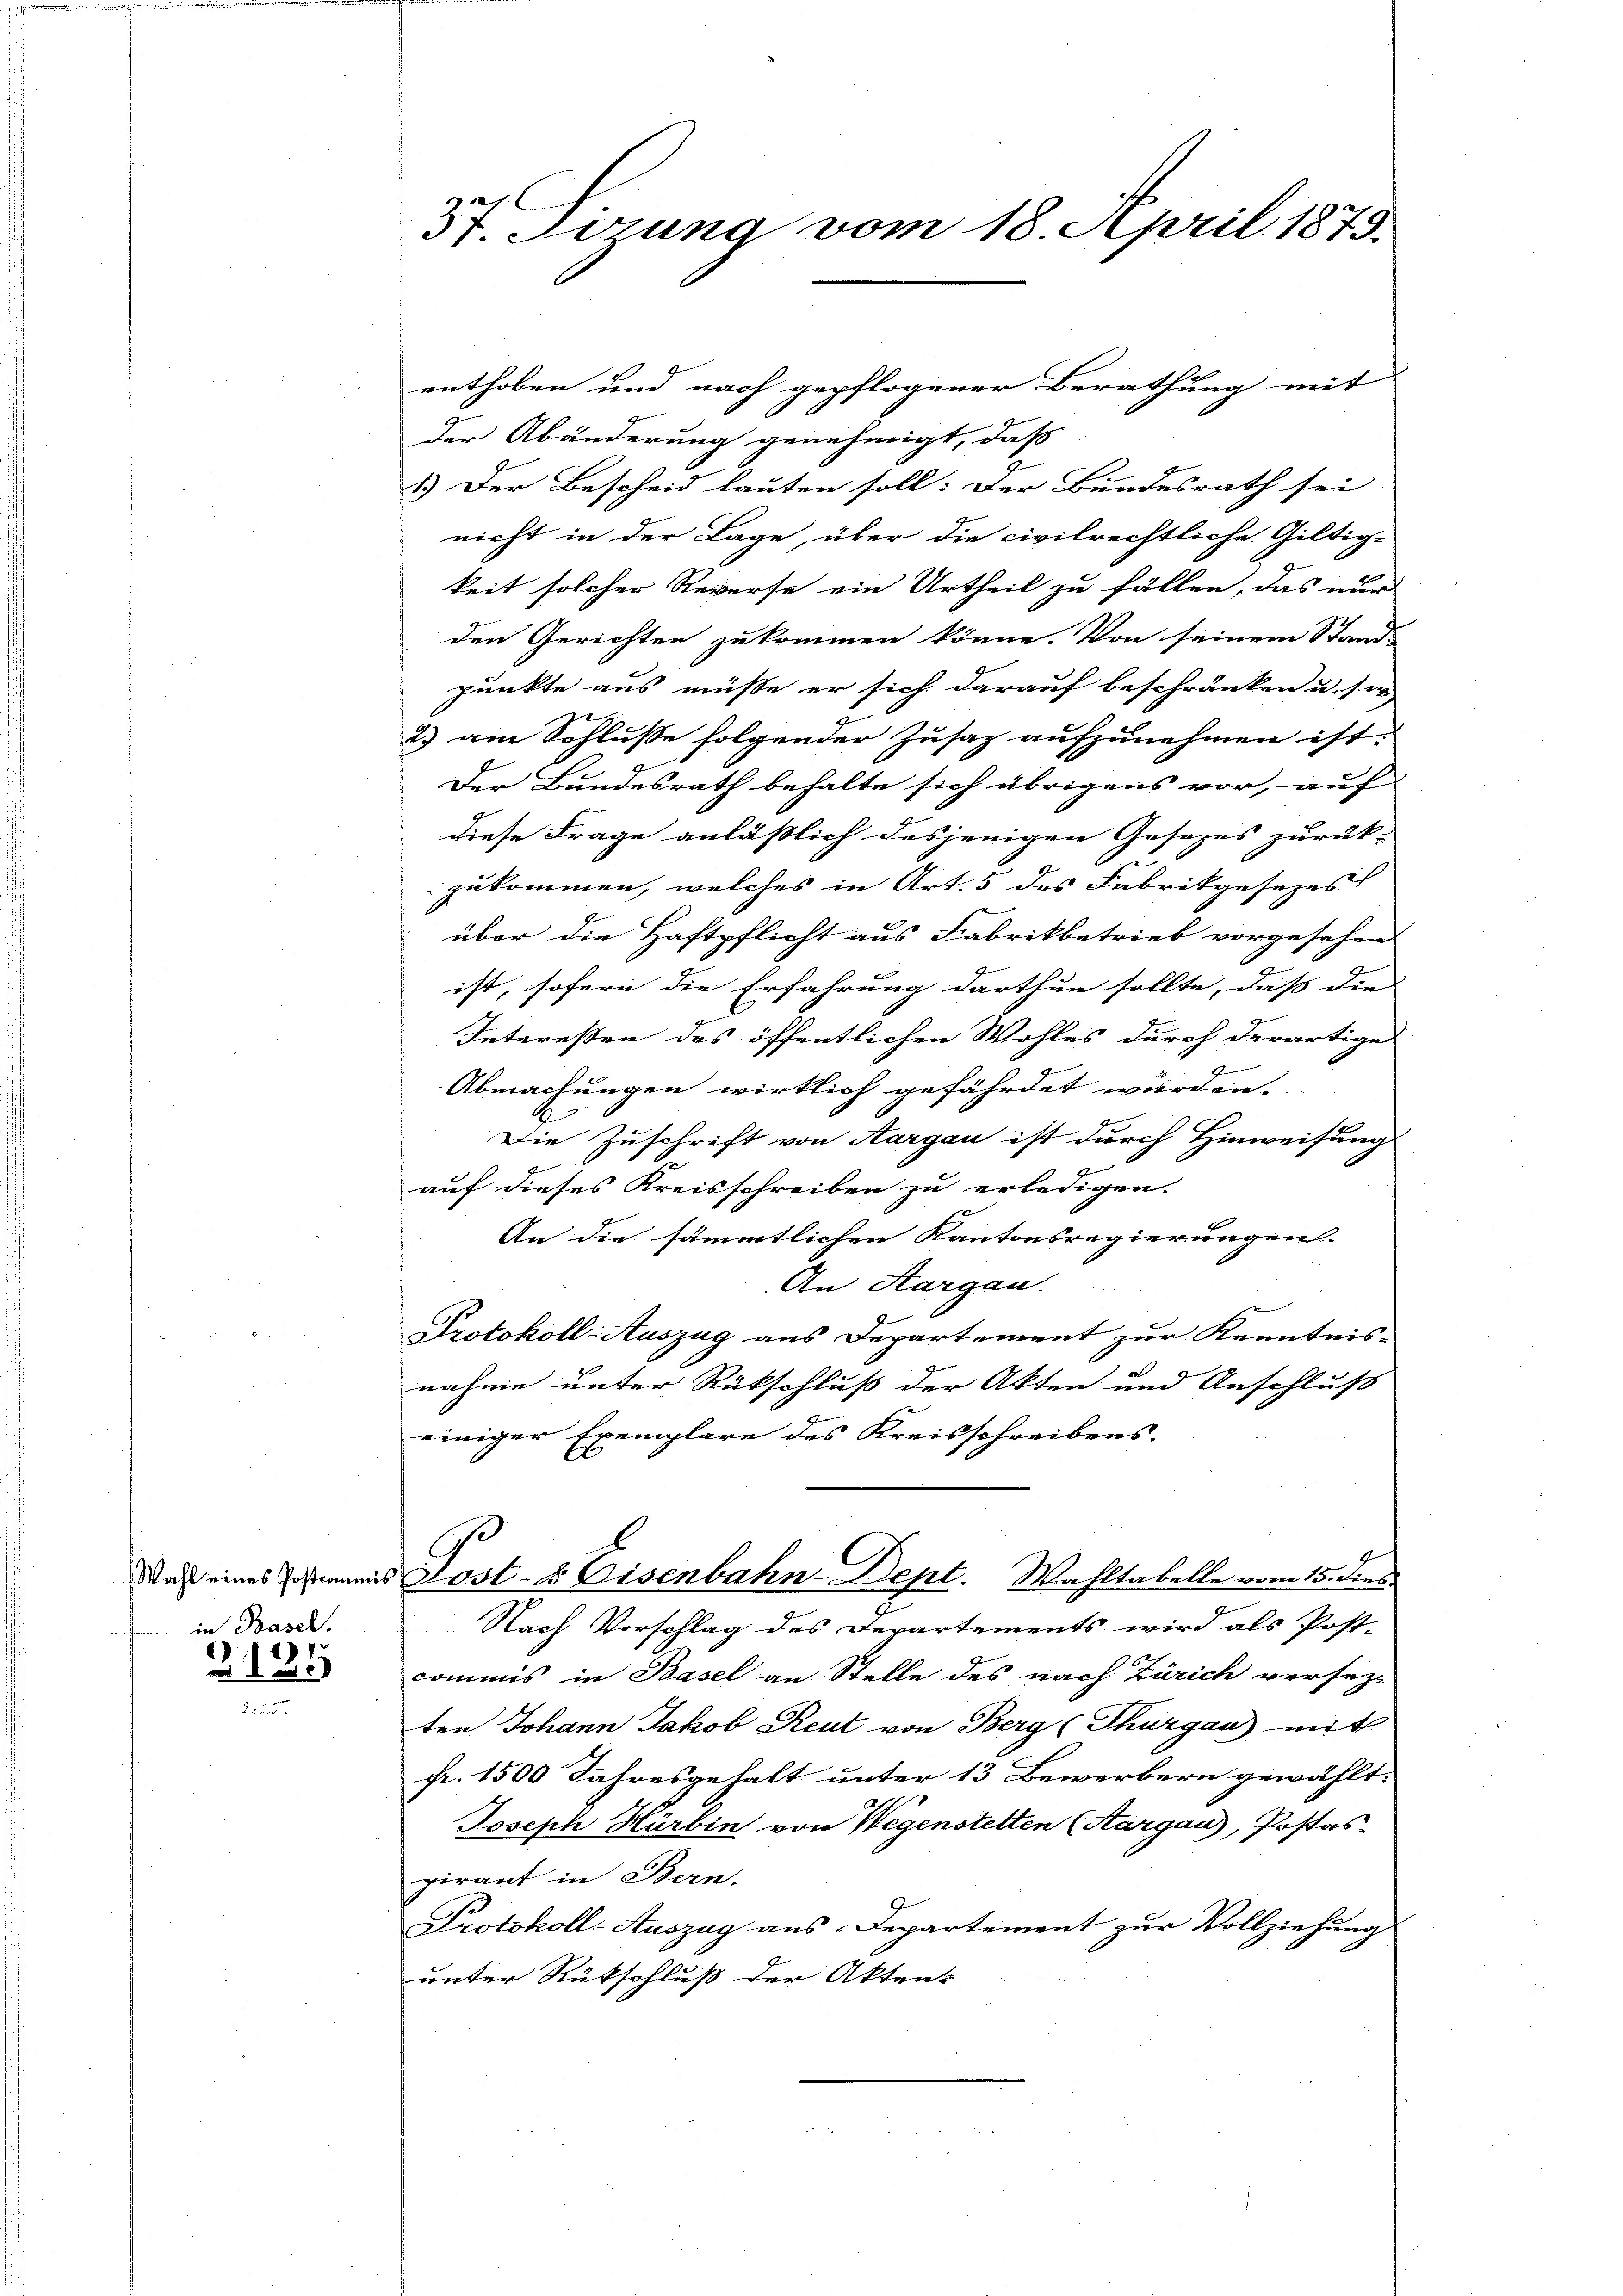
Wahl eines Postcomm
in Basel.

)
2150

3t. Jerung vom 18. April 1873.

enthoben und nach gepflogener Berathung mit
der Abänderung genehmigt, daß
1.) Der Bescheid lauten soll: Der Bundesrath sei
nicht in der Lage, über die civilrechtliche Giltig-
keit solcher Reverse ein Urtheil zu fällen, das nur
den Gerichten zukommen könne. Von seinem Stand
punkte aus müsse er sich darauf beschränken u. si
2) am Schlusse folgender Zusaz aufzunehmen ist.
Der Bundesrath behalte sich übrigens vor, auf
diese Frage anläßlich desjenigen Gesezes zurück-
zukommen, welches in Art. 5 des Fabrikgesezes
über die Haftpflicht aus Fabrikbetrieb vorgesehen
ist, sofern die Erfahrung darthun sollte, dass die |
Interessen des öffentlichen Wohles durch derartige
S
Abmachungen wirklich gefährdet würden.
Die Zuschrift von Aargau ist durch Hinweisung
auf dieses Kreisschreiben zu erledigen.
An die sämmtlichen Kantonsregierungen.
An Sargau.
Protokoll-Auszug aus Departement zur Kenntnis-
nahme unter Rückschluß der Akten und Anschluß
einiger Exemplare des Kreisschreibens.
v. Post- & Eisenbahn-Dept. Wahltabelle vom 15. dies
Nach Vorschlag des Departements wird als Post-
commis in Basel an Stelle des nach Zürich versezt
ten Johann Jakob Reut von Berg (Thurgau) mit
pr. 1500 Jahresgehalt unter 13 Bewerbern gewählt:
Joseph Hürbin von Wegenstelten (Aargau, Postas-
pirant in Bern.
Protokoll-Auszug aus Departement zur Vollziehung
unter Rückschluß der Aktens
2